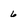
Character: 6